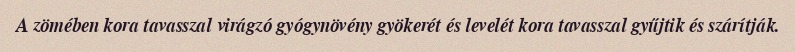
A zömében kora tavasszal virágzó gyógynövény gyökerét és levelét kora tavasszal gyűjtik és szárítják.